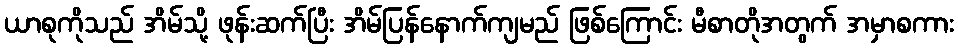
ယာစုကိုသည် အိမ်သို့ ဖုန်းဆက်ပြီး အိမ်ပြန်နောက်ကျမည် ဖြစ်ကြောင်း မီစာတိုအတွက် အမှာစကား